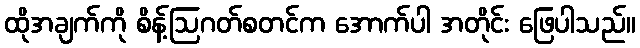
ထိုအချက်ကို စိန့်ဩဂတ်စတင်က အောက်ပါ အတိုင်း ဖြေပါသည်။